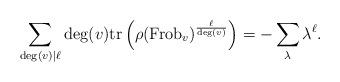
LaTeX: \begin{align*}\sum_{\deg(v) \mid \ell} \deg(v) \mathrm{tr} \left(\rho(\mathrm{Frob}_{v})^{\frac{\ell}{\deg(v)}} \right) = -\sum_{\lambda} \lambda^{\ell}.\end{align*}